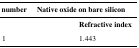
<table><thead><tr><td><b>Serial number</b></td><td colspan="2"><b>Native oxide on bare silicon</b></td></tr></thead><tbody><tr><td>[EMPTY_CELL]</td><td>[EMPTY_CELL]</td><td><b>Refractive index</b></td></tr><tr><td>1</td><td>[EMPTY_CELL]</td><td>1.443</td></tr></tbody></table>